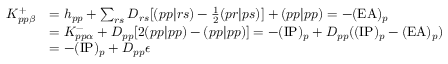
\begin{array} { r l } { K _ { p p \beta } ^ { + } } & { = h _ { p p } + \sum _ { r s } D _ { r s } [ ( p p | r s ) - \frac { 1 } { 2 } ( p r | p s ) ] + ( p p | p p ) = - ( \mathrm { E A } ) _ { p } } \\ & { = K _ { p p \alpha } ^ { - } + D _ { p p } [ 2 ( p p | p p ) - ( p p | p p ) ] = - ( \mathrm { I P } ) _ { p } + D _ { p p } ( ( \mathrm { I P } ) _ { p } - ( \mathrm { E A } ) _ { p } ) } \\ & { = - ( \mathrm { I P } ) _ { p } + D _ { p p } \epsilon } \end{array}